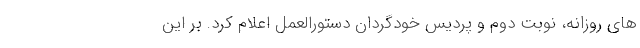
های روزانه، نوبت دوم و پردیس خودگردان دستورالعمل اعلام کرد. بر این